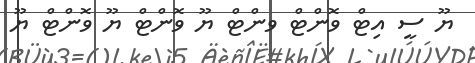
ޔޫ ސީ އިޓް ވޮންޓް ވންޓް ޔޫ ވޮންޓް ޔޫ ވޮންޓް ޔޫ